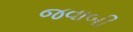
જવાબી